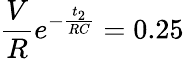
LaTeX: \frac{V}{R}e^{-\frac{t_{2}}{RC}}=0.25